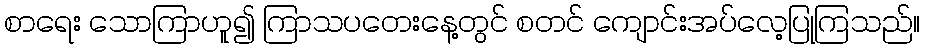
စာရေး သောကြာဟူ၍ ကြာသပတေးနေ့တွင် စတင် ကျောင်းအပ်လေ့ပြုကြသည်။